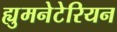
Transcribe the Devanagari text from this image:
ह्युमनेटेरियन